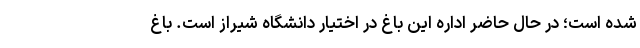
شده است؛ در حال حاضر اداره این باغ در اختیار دانشگاه شیراز است. باغ